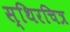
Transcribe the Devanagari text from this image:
स्थिरचित्र